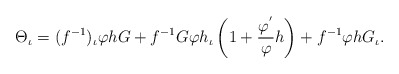
\begin{align*}\Theta_{\iota}=(f^{-1})_{\iota}\varphi hG+f^{-1}G\varphi h_{\iota}\left(1+\frac{\varphi^{'}}{\varphi}h\right)+f^{-1}\varphi h G_{\iota}.\end{align*}